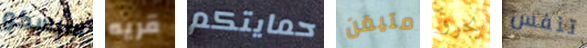
سيسكو قريه حمايتكم متيقن يجرؤ تنفس